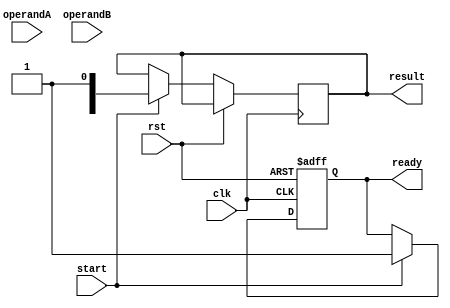
module QuadruplePrecisionFloatingPointUnit (
    input wire clk,
    input wire rst,
    input wire start,
    input wire [127:0] operandA,
    input wire [127:0] operandB,
    output reg [127:0] result,
    output reg ready
);

// Define internal registers and signals
reg [127:0] mantissaA;
reg [127:0] mantissaB;
reg [15:0] exponentA;
reg [15:0] exponentB;
reg [15:0] exponentResult;
reg [127:0] mantissaResult;
reg [127:0] tempResult;

// Other internal logic and modules for arithmetic operations

always @(posedge clk or posedge rst) begin
    if (rst) begin
        // Reset all registers and signals
        ready <= 0;
        // Other reset logic
        
    end else begin
        // Check for start signal and perform arithmetic operation
        if (start) begin
            // Extract mantissa and exponent for operands A and B
            // Perform arithmetic operation (addition, subtraction, multiplication, division)
            // Rounding and normalization functions
            // Store result in tempResult
            
            // Update result register
            result <= tempResult;
            ready <= 1;
        end
    end
end

endmodule